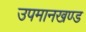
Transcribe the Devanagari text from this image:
उपमानखण्ड